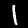
Label: 1